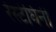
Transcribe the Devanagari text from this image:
रेस्टेघिनी